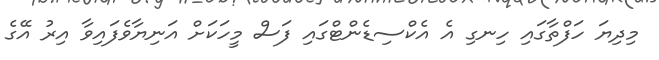
މިދިޔަ ހަފްތާގައި ހިނގި އެ އެކްސިޑެންޓްގައި ފަސް މީހަކަށް އަނިޔާވެފައިވާ އިރު އޭގެ